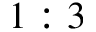
1 : 3